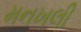
મનખલી